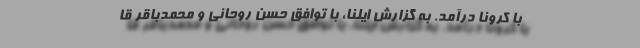
با کرونا درآمد. به گزارش ایلنا، با توافق حسن روحانی و محمدباقر قا